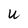
Character: U